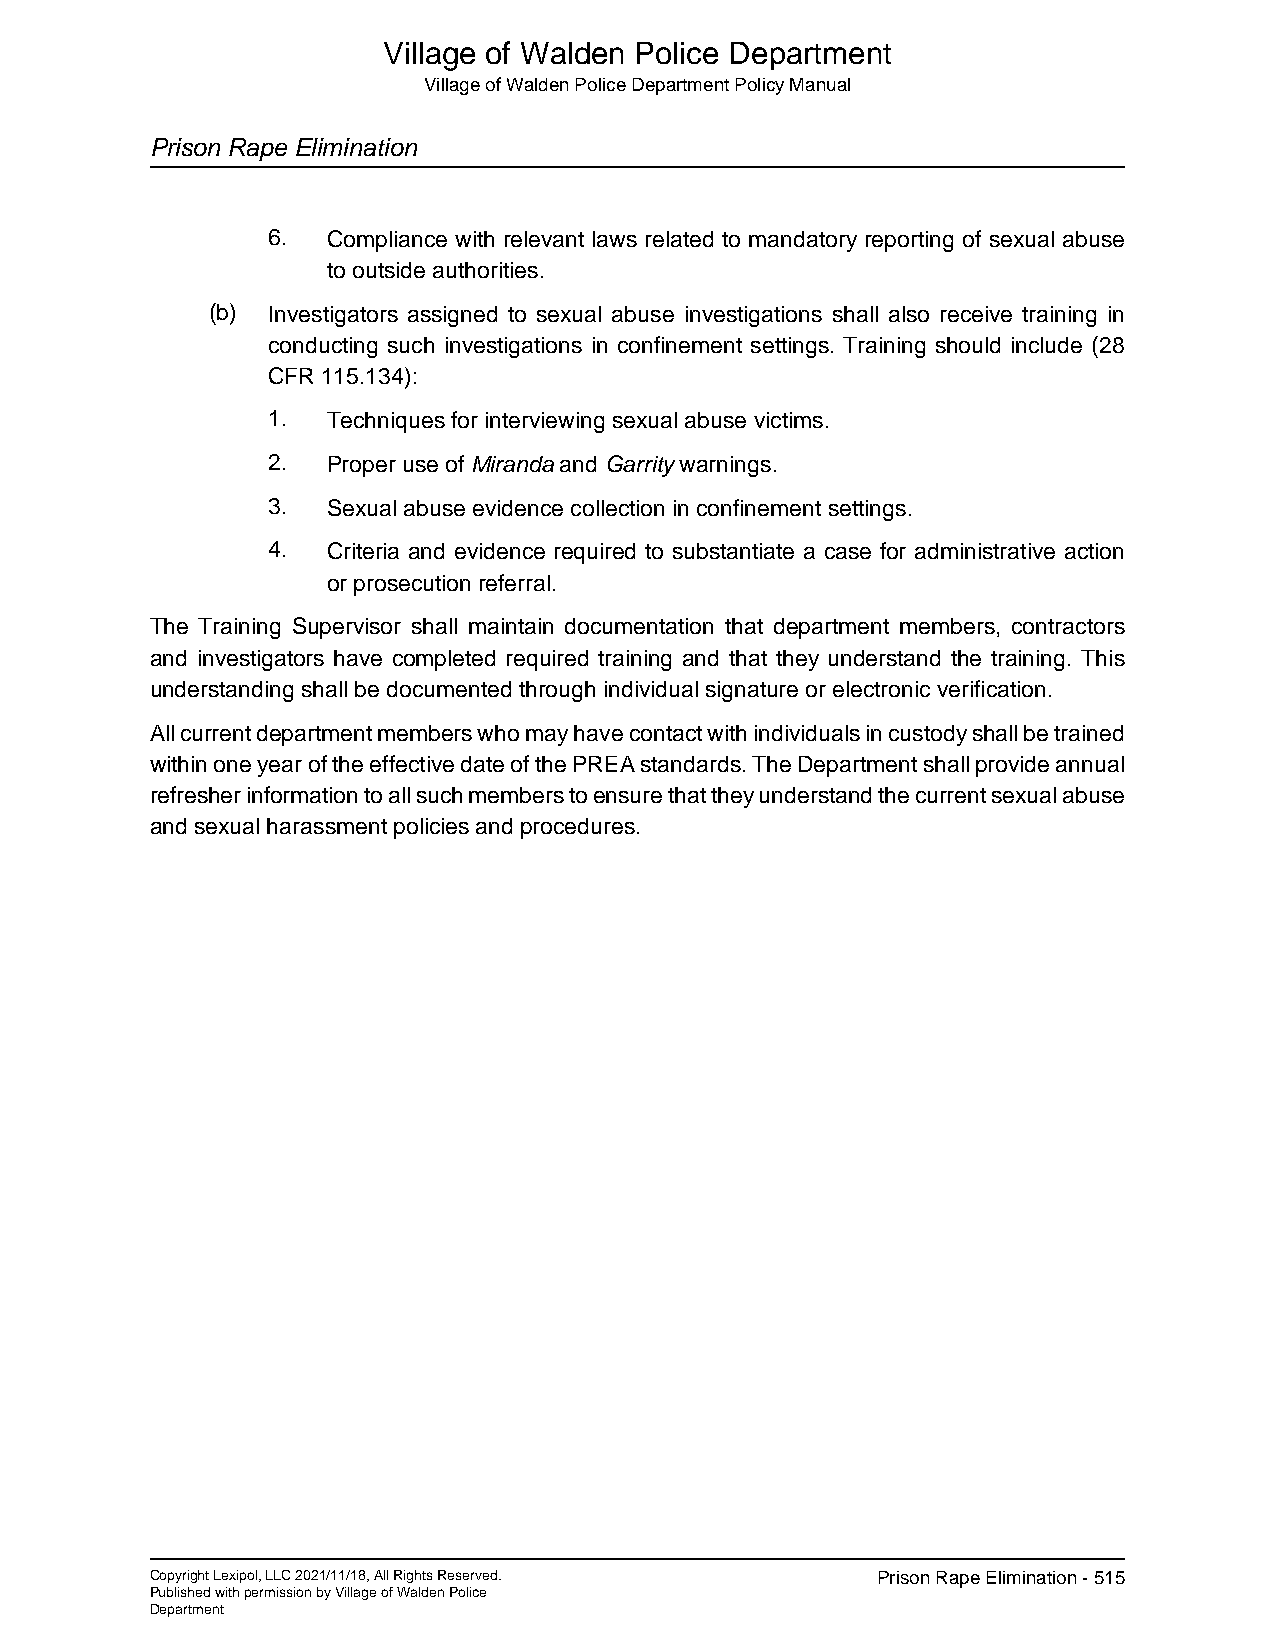
Village of Walden Police Department
 Village of Walden Police Department Policy Manual
 Prison Rape Elimination
 6.  Compliance with relevant laws related to mandatory reporting of sexual abuse
 to outside authorities.
 (b) Investigators assigned to sexual abuse investigations shall also receive training in
 conducting such investigations in confinement settings. Training should include (28
 CFR 115.134):
 1.  Techniques for interviewing sexual abuse victims.
 2.  Proper use of Miranda and Garrity warnings.
 3.  Sexual abuse evidence collection in confinement settings.
 4.  Criteria and evidence required to substantiate a case for administrative action
 or prosecution referral.
 The Training Supervisor shall maintain documentation that department members, contractors
 and investigators have completed required training and that they understand the training. This
 understanding shall be documented through individual signature or electronic verification.
 All current department members who may have contact with individuals in custody shall be trained
 within one year of the effective date of the PREA standards. The Department shall provide annual
 refresher information to all such members to ensure that they understand the current sexual abuse
 and sexual harassment policies and procedures.
 Copyright Lexipol, LLC 2021/11/18, All Rights Reserved. Prison Rape Elimination - 515
 Published with permission by Village of Walden Police
 Department